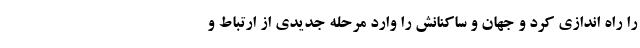
را راه اندازی کرد و جهان و ساکنانش را وارد مرحله جدیدی از ارتباط و